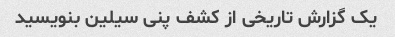
یک گزارش تاریخی از کشف پنی سیلین بنویسید